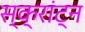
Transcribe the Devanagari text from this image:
स्क्रांट्न